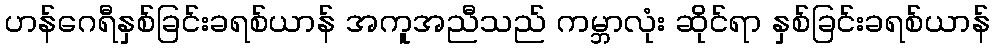
ဟန်ဂေရီနှစ်ခြင်းခရစ်ယာန် အကူအညီသည် ကမ္ဘာလုံး ဆိုင်ရာ နှစ်ခြင်းခရစ်ယာန်